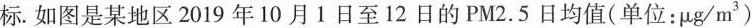
标.如图是某地区2019年10月1日至12日的PM2.5日均值( 单位：μg/m^{ 3 } )